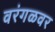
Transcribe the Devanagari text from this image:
वरंगळवर